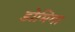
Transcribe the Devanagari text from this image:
डोमिगा